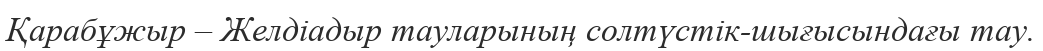
Қарабұжыр – Желдіадыр тауларының солтүстік-шығысындағы тау.